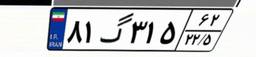
۸۱گ۳۱۵۶۲